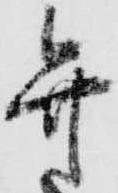
弁